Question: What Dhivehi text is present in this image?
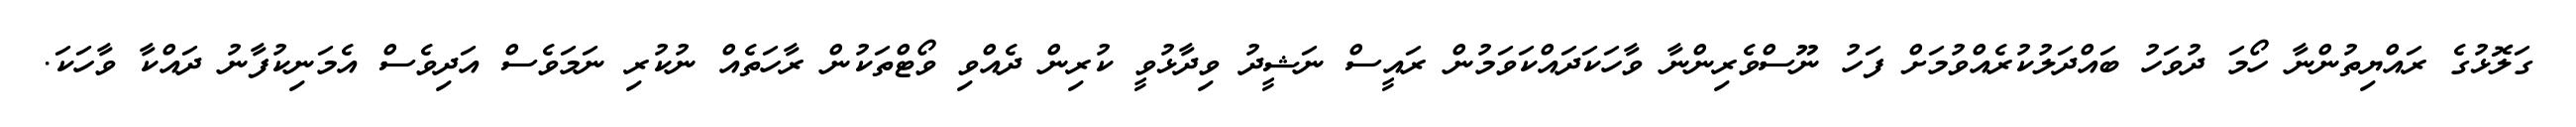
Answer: ގަލޮޅުގެ ރައްޔިތުންނާ ހޯމަ ދުވަހު ބައްދަލުކުރެއްވުމަށް ފަހު ނޫސްވެރިންނާ ވާހަކަދައްކަވަމުން ރައީސް ނަޝީދު ވިދާޅުވީ ކުރިން ދެއްވި ވޯޓްތަކުން ރާހަތެއް ނުކުރި ނަމަވެސް އަދިވެސް އެމަނިކުފާނު ދައްކާ ވާހަކަ.